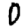
Digit: 0